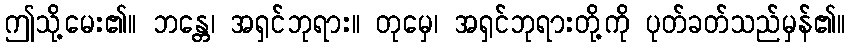
ဤသို့မေး၏။ ဘန္တေ၊ အရှင်ဘုရား။ တုမှေ၊ အရှင်ဘုရားတို့ကို ပုတ်ခတ်သည်မှန်၏။